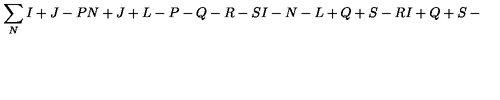
\sum _ { N } { \binom { I + J - P } { N + J + L - P - Q - R - S } } { \binom { I - N - L + Q + S - R } { I + Q + S - N - L } }